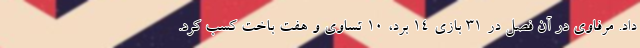
داد. مرفاوی در آن فصل در 31 بازی 14 برد، 10 تساوی و هفت باخت کسب کرد.